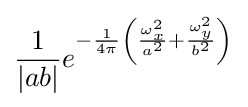
{\frac {1}{|ab|}}e^{-{\frac {1}{4\pi }}\left({\frac {\omega _{x}^{2}}{a^{2}}}+{\frac {\omega _{y}^{2}}{b^{2}}}\right)}